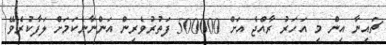
ޗައިނާ އިން މި އަހަރު ރާއްޖެ އަށް 500000 ފަތުރުވެރިން އަންނާނެކަމަށް ލަފާކުރެވޭ